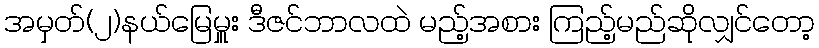
အမှတ်(၂)နယ်မြေမှူး ဒီဇင်ဘာလထဲ မည့်အစား ကြည့်မည်ဆိုလျှင်တော့